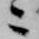
ニ